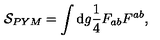
{ \cal S } _ { P Y M } = \int \mathrm { d } g \frac { 1 } { 4 } F _ { a b } F ^ { a b } ,